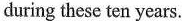
during these ten years.